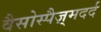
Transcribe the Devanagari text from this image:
वैसोस्पैज़्मदर्द